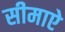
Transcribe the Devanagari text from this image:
सीमाऐ